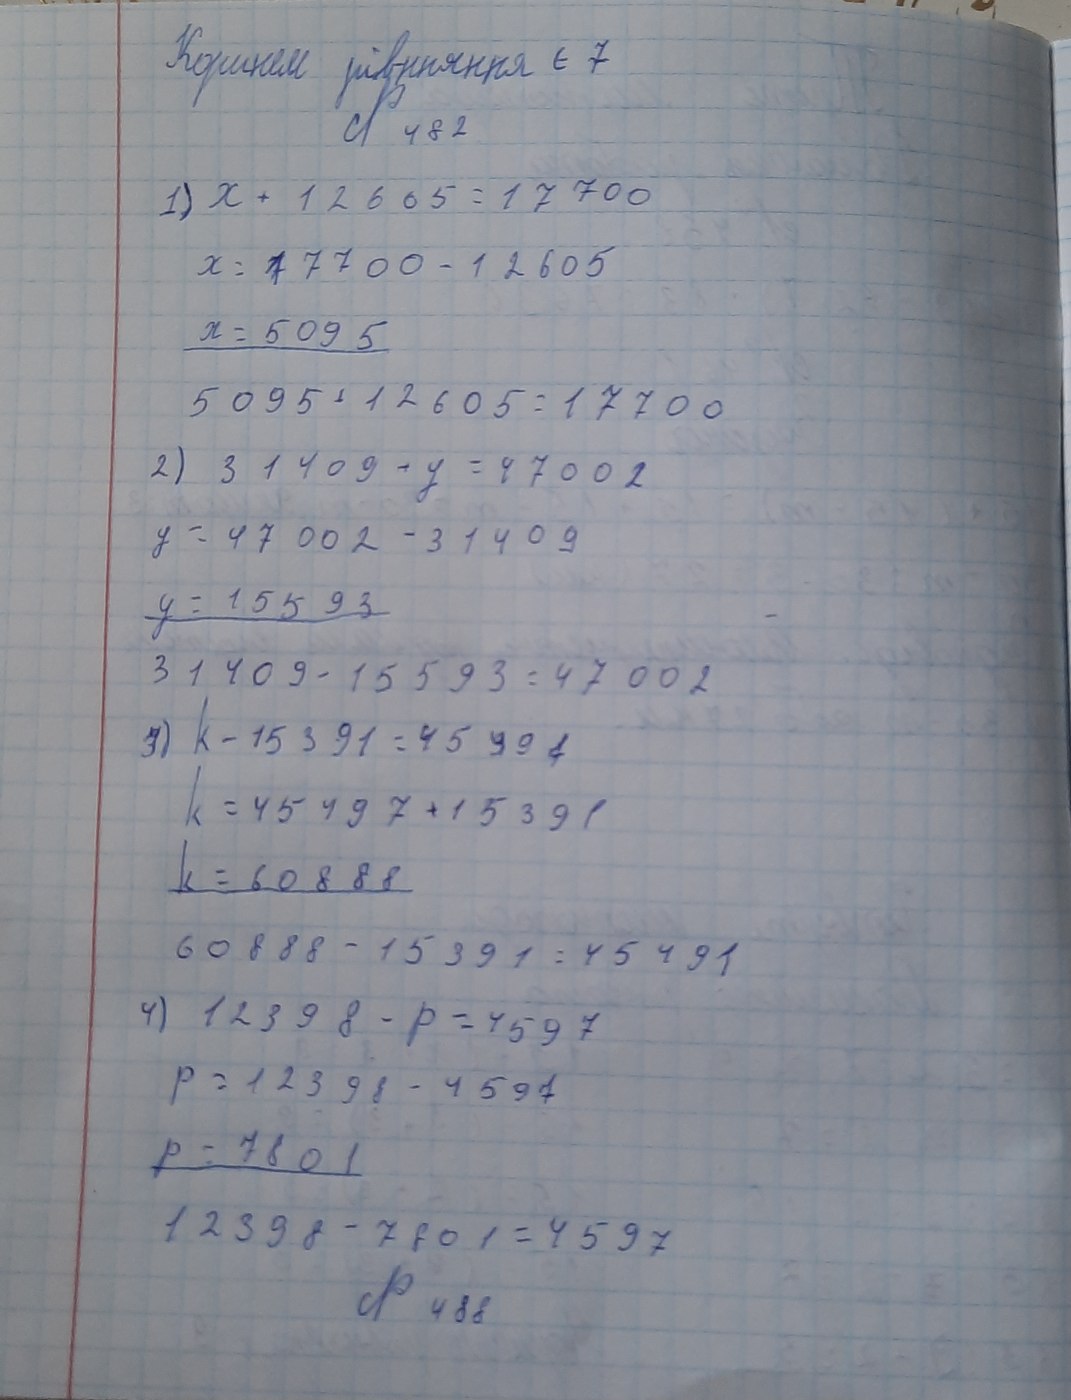
Коренем рівняння є 7
№ 482
1)  x + 12605 = 17700
x = 17700 - 12605
x = 5095
5095 + 12605 = 17700
2) 31409 + y = 47002
y = 47002 - 31409
y = 15593
31409 - 15593 = 47002
3) k - 15391 = 45497
k = 45497 + 15391
k = 60888
60888 - 15391 = 45491
4) 12398 - p = 4597
P = 12398 - 4597
p = 7801
12398 - 7801 = 4597
№ 488